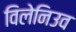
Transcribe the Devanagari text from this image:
विलेनिउव